Vaccination returns of the Province of Eastern Bengal and Assam - 1905-1912
Year: 1905
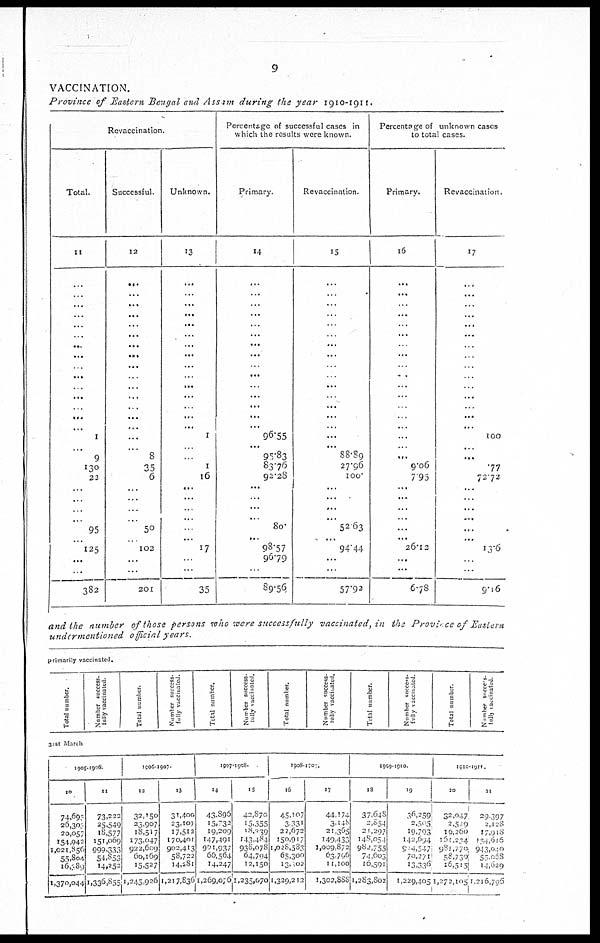
9
VACCINATION.
Province of Eastern Bengal and Assam during the year 1910-1911.
Revaccination.
Total.
11
...
...
...
...
...
...
...
...
...
...
...
...
...
...
...
1
...
9
130
22
...
...
...
...
95
...
125
...
...
382
Successful.
12
...
...
...
...
...
...
...
...
...
...
...
...
...
...
...
...
...
8
35
6
...
...
...
...
50
...
102
...
...
201
Unknown.
13
...
...
...
...
...
...
...
...
...
...
...
...
...
...
...
1
...
...
1
16
...
...
...
...
...
...
17
...
...
35
Percentage of successful cases in
which the results were known.
Primary.
14
...
...
...
...
...
...
...
...
...
...
...
...
...
...
...
96.55
...
95.83
83.76n
92.28
...
...
...
...
80.
...
98.57
96.79
...
89.56
Revaccination.
15
...
...
...
...
...
...
...
...
...
...
...
...
...
...
...
...
...
88.89
27.96
100.
...
...
...
...
52.63
...
94.44
...
...
57.92
Percentage of unknown cases
to total cases.
Primary.
16
...
...
...
...
...
...
...
...
...
...
...
...
...
...
...
...
...
...
9.06
7.95
...
...
...
...
...
...
26.12
...
...
6.78
Revaccination.
17
...
...
...
...
...
...
...
...
...
..
...
...
...
...
...
100
...
...
.77
72.72
...
...
...
...
...
...
13.6
...
...
9.16
and the number of those persons who were successfully
vaccinated, in the Province of Eastern
undermentioned
official years.
primarily vaccinated.
Total number.
Number success-
fully vaccinated.
Total number.
Number success-
fully vaccinated.
Total number.
Number success-
fully vaccinated.
Total number.
Number success-
tully vaccinated.
Total number.
Number snccess-
fully vaccinated.
Total number.
Number success-
fully vaccinated.
31st March
1905-1906.
10
74,693
26,303
20,057
154,042
1,021,856
55,804
16,389
1,370,044
11
73,222
25,549
18,577
151,069
999,333
54,853
14,252
1,336,855
1906-1907
12
32,150
23,907
18,517
173,047
922,609
60,169
15,527
1,245,926
13
31,400
23,107
17,512
170,401
902,413
58,722
14,281
1,217,836
1907-1908.
14
43,896
15,732
19,209
147,491
901,937
66,564
14,247
1,269,076
15
42,870
15,355
18, 339
143,484
938,078
64,704
12,150
1,235,070
1908-1909.
16
45,107
3,331
22,672
150,917
1,028,583
65,300
13,402
1,329,212
17
44,174
3,148
21,365
149,433
1,009,872
63,796
11,100
l,302,888
1909-1910.
18
37,648
2,854
21,297
148,054
982,755
74,603
16,591
1,283,802
19
36,259
2,505
19,793
142,694
904,547
70,271
13,336
1,229,405
1910-1911.
20
32,047
2,549
19,260
161,234
981,770
58,730
16,515
1,272,105
21
29,397
2,128
17,918
154,616
943,040
53,068
14,629
1,216,796